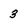
Character: 3